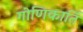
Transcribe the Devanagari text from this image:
गोणिकार्ति